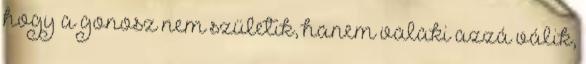
hogy a gonosz nem születik, hanem valaki azzá válik,